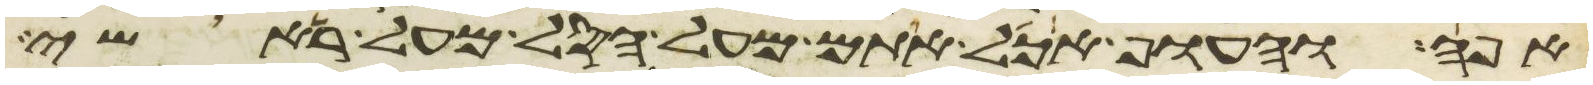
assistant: אפה והעוף אכל אתם מעל הסל מעל ראשי